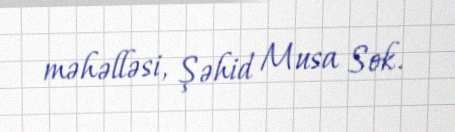
məhəlləsi, Şəhid Musa Sok.